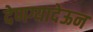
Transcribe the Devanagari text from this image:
देणग्यादेऊन